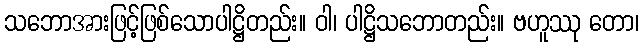
သဘောအားဖြင့်ဖြစ်သောပါဋ္ဌိတည်း။ ဝါ၊ ပါဋ္ဌိသဘောတည်း။ ဗဟူဿု တော၊